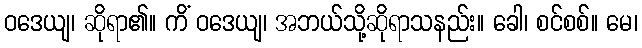
ဝဒေယျ၊ ဆိုရာ၏။ ကိံ ဝဒေယျ၊ အဘယ်သို့ဆိုရာသနည်း။ ခေါ၊ စင်စစ်။ မေ၊